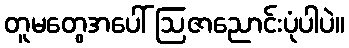
တူမတွေအပေါ် ဩဇာညောင်းပုံပါပဲ။